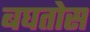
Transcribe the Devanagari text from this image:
बघतोस